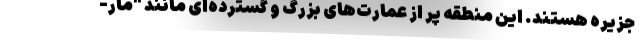
جزیره هستند. این منطقه پر از عمارت‌های بزرگ و گسترده‌ای مانند "مار-